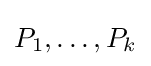
P_{1},\ldots ,P_{k}